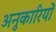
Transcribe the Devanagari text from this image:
अनुकारियों